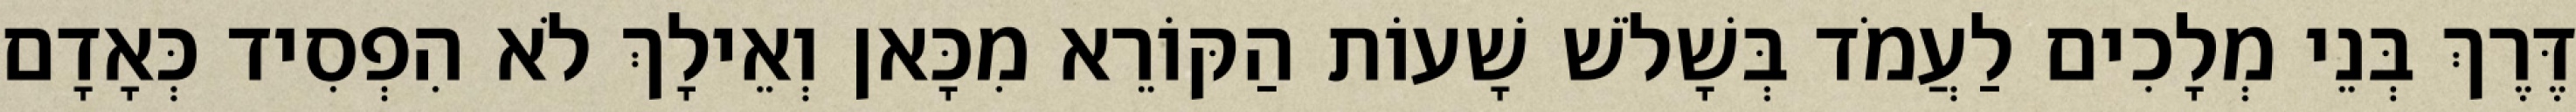
דֶּרֶךְ בְּנֵי מְלָכִים לַעֲמֹד בְּשָׁלֹשׁ שָׁעוֹת הַקּוֹרֵא מִכָּאן וְאֵילָךְ לֹא הִפְסִיד כְּאָדָם